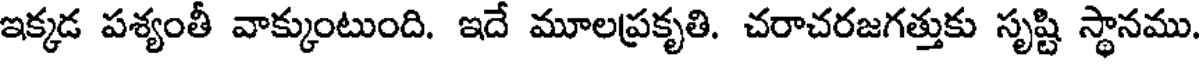
ఇక్కడ పశ్యంతీ వాక్కుంటుంది. ఇదే మూలప్రకృతి. చరాచరజగత్తుకు సృష్టి స్థానము.